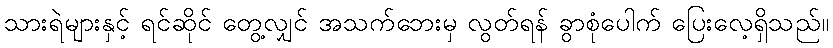
သားရဲများနှင့် ရင်ဆိုင် တွေ့လျှင် အသက်ဘေးမှ လွတ်ရန် ခွာစုံပေါက် ပြေးလေ့ရှိသည်။